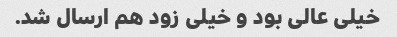
خیلی عالی بود و خیلی زود هم ارسال شد.